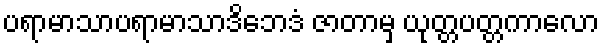
ပရာမာသာပရာမာသာဒိဘေဒံ ဇာတာမှ ယုတ္တပတ္တကာလော